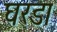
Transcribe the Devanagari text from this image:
घरडा